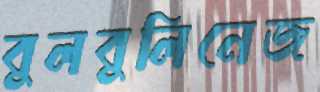
বুলবুলিনেজ